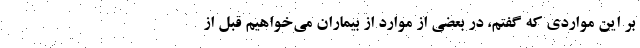
بر این مواردی که گفتم، در بعضی از موارد از بیماران می‌خواهیم قبل از